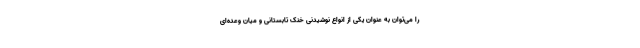
را می‌توان به عنوان یکی از انواع نوشیدنی خنک تابستانی و میان وعده‌ای